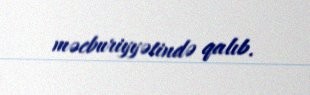
məcburiyyətində qalıb.